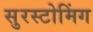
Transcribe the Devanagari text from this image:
सुरस्टोमिंग